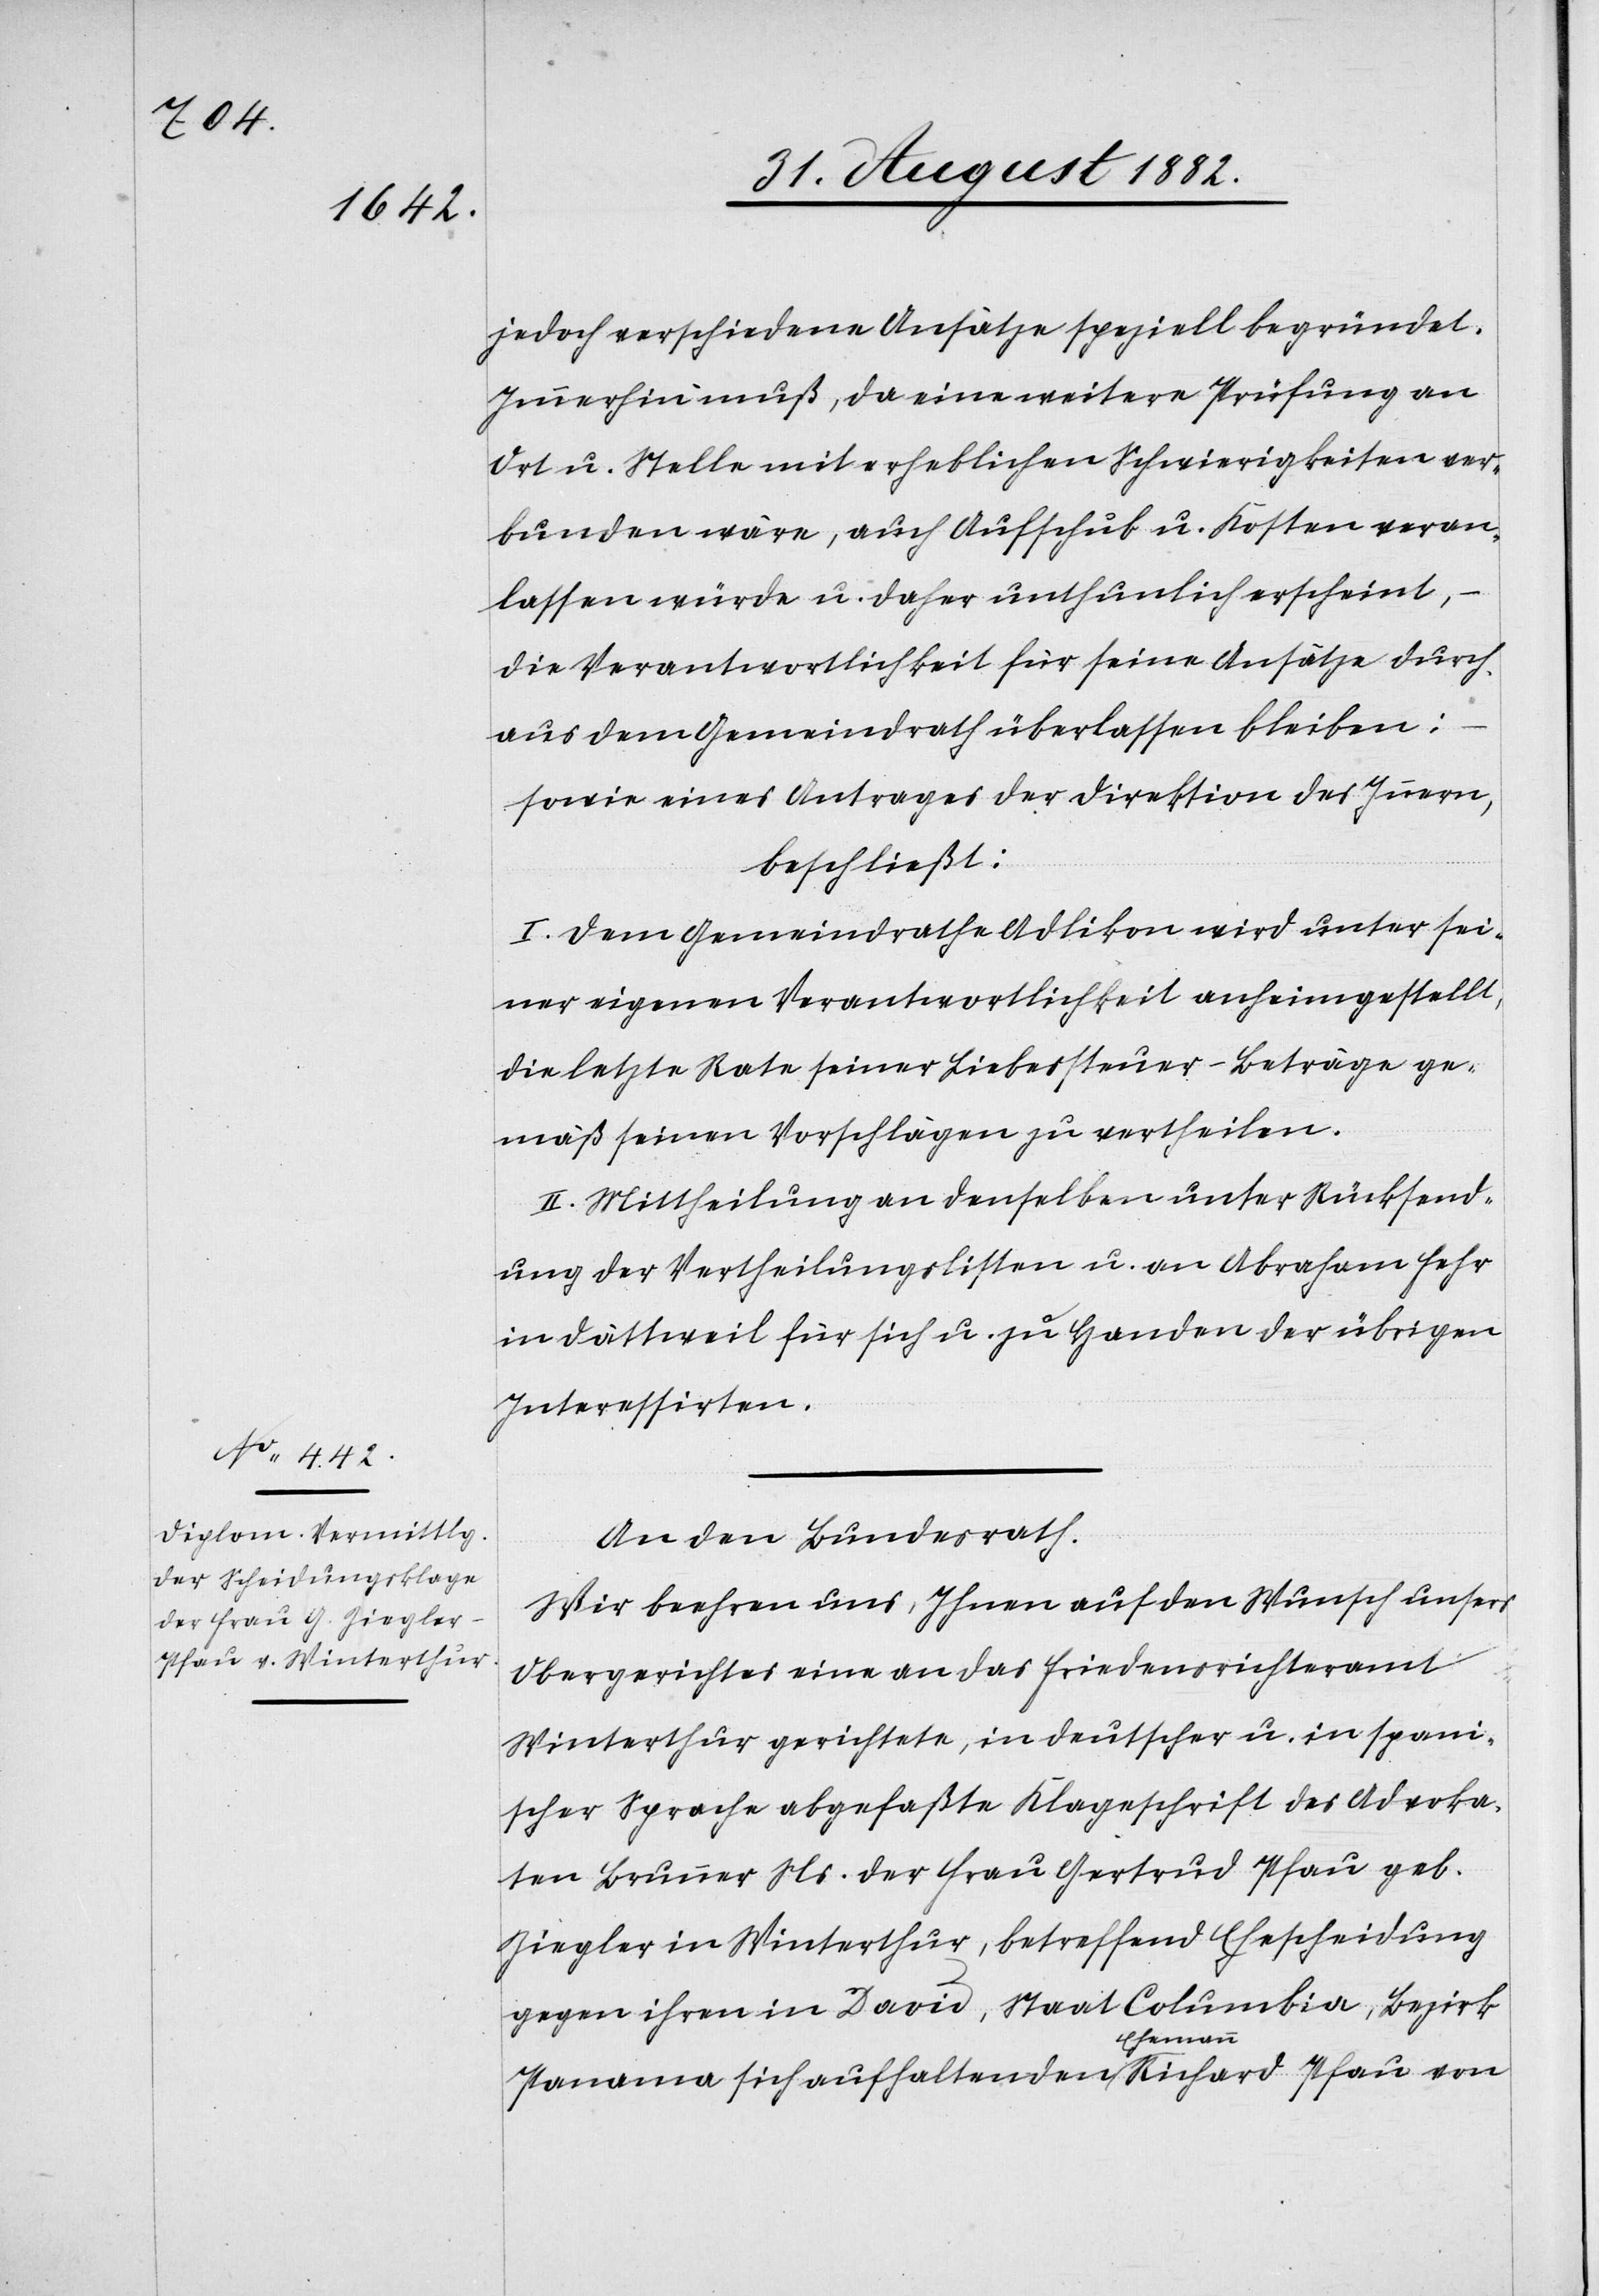
jedoch verschiedene Ansätze speziell begründet.
Immerhin muß, da eine weitere Prüfung an
Ort u. Stelle mit erheblichen Schwierigkeiten ver¬
bunden wäre, auch Aufschub u. Kosten veran¬
lassen würde u. daher unthunlich erscheint,
die Verantwortlichkeit für seine Ansätze durch¬
aus dem Gemeindrath überlassen bleiben;
sowie eines Antrages der Direktion des Innern,
beschließt:
I. Dem Gemeindrath Adlikon wird unter sei¬
ner eigenen Verantwortlichkeit anheimgestellt,
die letzte Rate seiner Liebessteuer-Beträge ge¬
mäß seinen Vorschlägen zu vertheilen.
II. Mittheilung an denselben unter Rücksend¬
ung der Vertheilungslisten u. an Abraham Fehr
in Dättweil für sich u. zu Handen der übrigen
Interessirten.
An den Bundesrath.
„Wir beehren uns, Ihnen auf den Wunsch unsers
Obergerichtes eine an das Friedensrichteramt
Winterthur gerichtete, in deutscher u. in spani¬
scher Sprache abgefaßte Klageschrift des Advoka¬
ten Brunner Ns. der Frau Gertrud Pfau geb.
Ziegler in Winterthur, betreffend Ehescheidung
gegen ihren von David, Staat Columbia, Bezirk
Panama sich aufhaltenden Ehemann Richard Pfau von